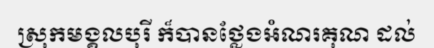
ស្រុកមង្គលបុរី ក៏បានថ្លែងអំណរគុណ ដល់